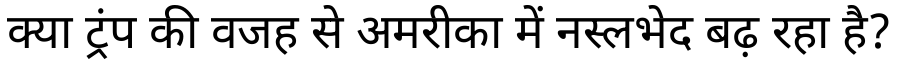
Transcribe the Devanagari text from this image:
क्या ट्रंप की वजह से अमरीका में नस्लभेद बढ़ रहा है?